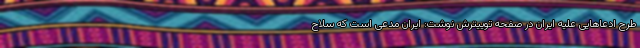
طرح ادعاهایی علیه ایران در صفحه توییترش نوشت: ایران مدعی است که سلاح